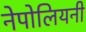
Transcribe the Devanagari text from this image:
नेपोलियनी